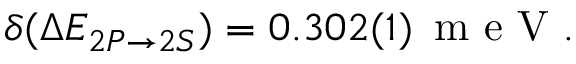
\delta ( \Delta E _ { 2 P \rightarrow 2 S } ) = 0 . 3 0 2 ( 1 ) \, \textrm { m e V } .